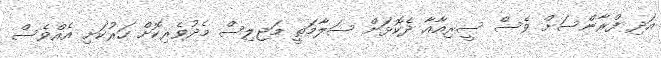
އަދި ފްރާންސަށް ވެސް ސީރިއާއާ ދެކޮޅަށް ސަލާމަތީ މަޖިލިސް މެދުވެރިކޮށް ހަރުކަށި އެއްވެސް